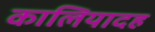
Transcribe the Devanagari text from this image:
कालियादह